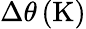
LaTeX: \Delta\theta\left(\mathrm K\right)